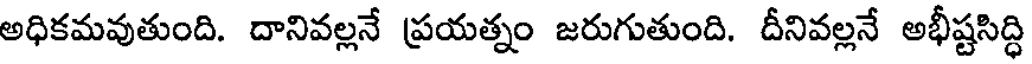
అధికమవుతుంది. దానివల్లనే ప్రయత్నం జరుగుతుంది. దీనివల్లనే అభీష్టసిద్ధి